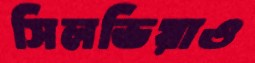
সিলভিয়াও